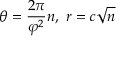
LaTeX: \theta = { \frac { 2 \pi } { \varphi ^ { 2 } } } n , \ r = c { \sqrt { n } }